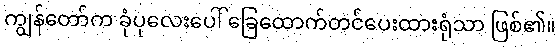
ကျွန်တော်က ခုံပုလေးပေါ် ခြေထောက်တင်ပေးထားရုံသာ ဖြစ်၏။